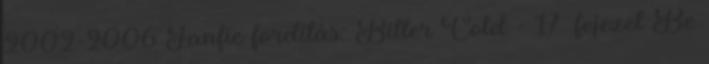
2002-2006 Fanfic fordítás: Bitter Cold - 17. fejezet Be